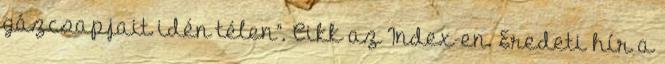
gázcsapjait idén télen”. Cikk az Index-en. Eredeti hír a